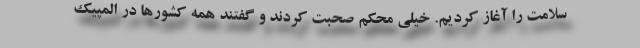
سلامت را آغاز کردیم. خیلی محکم صحبت کردند و گفتند همه کشورها در المپیک